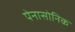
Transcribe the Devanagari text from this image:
पेनासोनिक